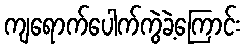
ကျရောက်ပေါက်ကွဲခဲ့ကြောင်း